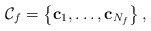
LaTeX: \begin{align*}\mathcal{C}_f = \left\{ \mathbf{c}_{1}, \ldots,\mathbf{c}_{N_f}\right\},\end{align*}